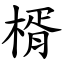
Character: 楈